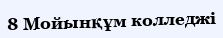
8 Мойынқұм колледжі